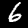
Label: 6